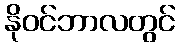
နိုဝင်ဘာလတွင်